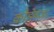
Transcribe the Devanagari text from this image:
कोडेवजा